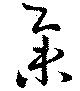
舉